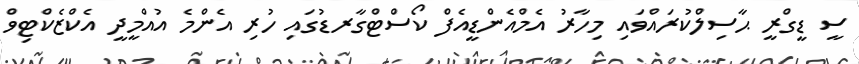
ސީ ޑީގްރީ ޙާސިލްކުރައްވައި މިހާރު އެމްއެންޑީއެފް ކޯސްޓްގާރޑުގައި ހުރި އެންމެ އުއްމީދީ އެކްޒެކްޓިވް